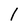
Character: l